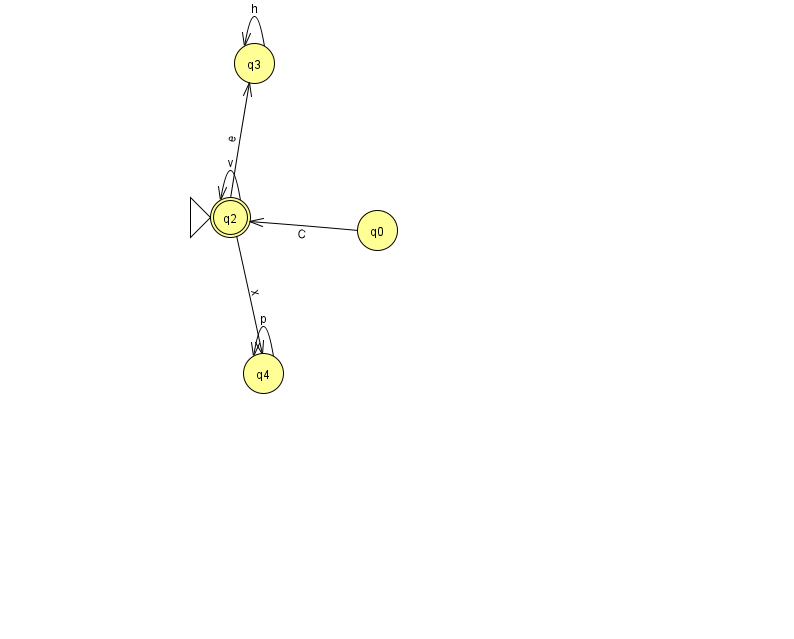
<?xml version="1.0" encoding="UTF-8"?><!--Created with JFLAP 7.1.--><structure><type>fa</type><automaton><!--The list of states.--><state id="0" name="q0"><x>377.0</x><y>217.0</y></state><state id="2" name="q2"><x>230.0</x><y>204.0</y><initial/><final/></state><state id="3" name="q3"><x>254.0</x><y>50.0</y></state><state id="4" name="q4"><x>263.0</x><y>360.0</y></state><!--The list of transitions.--><transition><from>4</from><to>4</to><read>p</read></transition><transition><from>0</from><to>2</to><read>C</read></transition><transition><from>2</from><to>2</to><read>v</read></transition><transition><from>2</from><to>3</to><read>e</read></transition><transition><from>3</from><to>3</to><read>h</read></transition><transition><from>2</from><to>4</to><read>x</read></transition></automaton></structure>